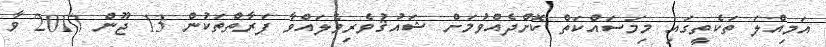
އަމިއްލަ ތަކެތީގައި މިމަސައްކަތް ކޮށްދެއްވުމަށް ޝައުޤުވެރިވެލައްވާ ފަރާތްތަކުން 13 ޖޫން 2017 ވާ